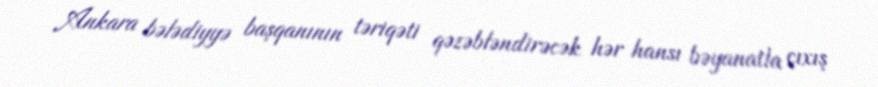
Ankara bələdiyyə başqanının təriqəti qəzəbləndirəcək hər hansı bəyanatla çıxış